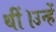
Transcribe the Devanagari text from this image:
थीं।उन्हें